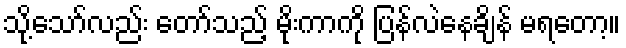
သို့သော်လည်း တော်သည့် မိုးကာကို ပြန်လဲနေချိန် မရတော့။